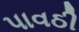
પાવઠી